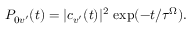
\begin{array} { r } { P _ { 0 v ^ { \prime } } ( t ) = | c _ { v ^ { \prime } } ( t ) | ^ { 2 } \, \exp ( - t / \tau ^ { \Omega } ) . } \end{array}